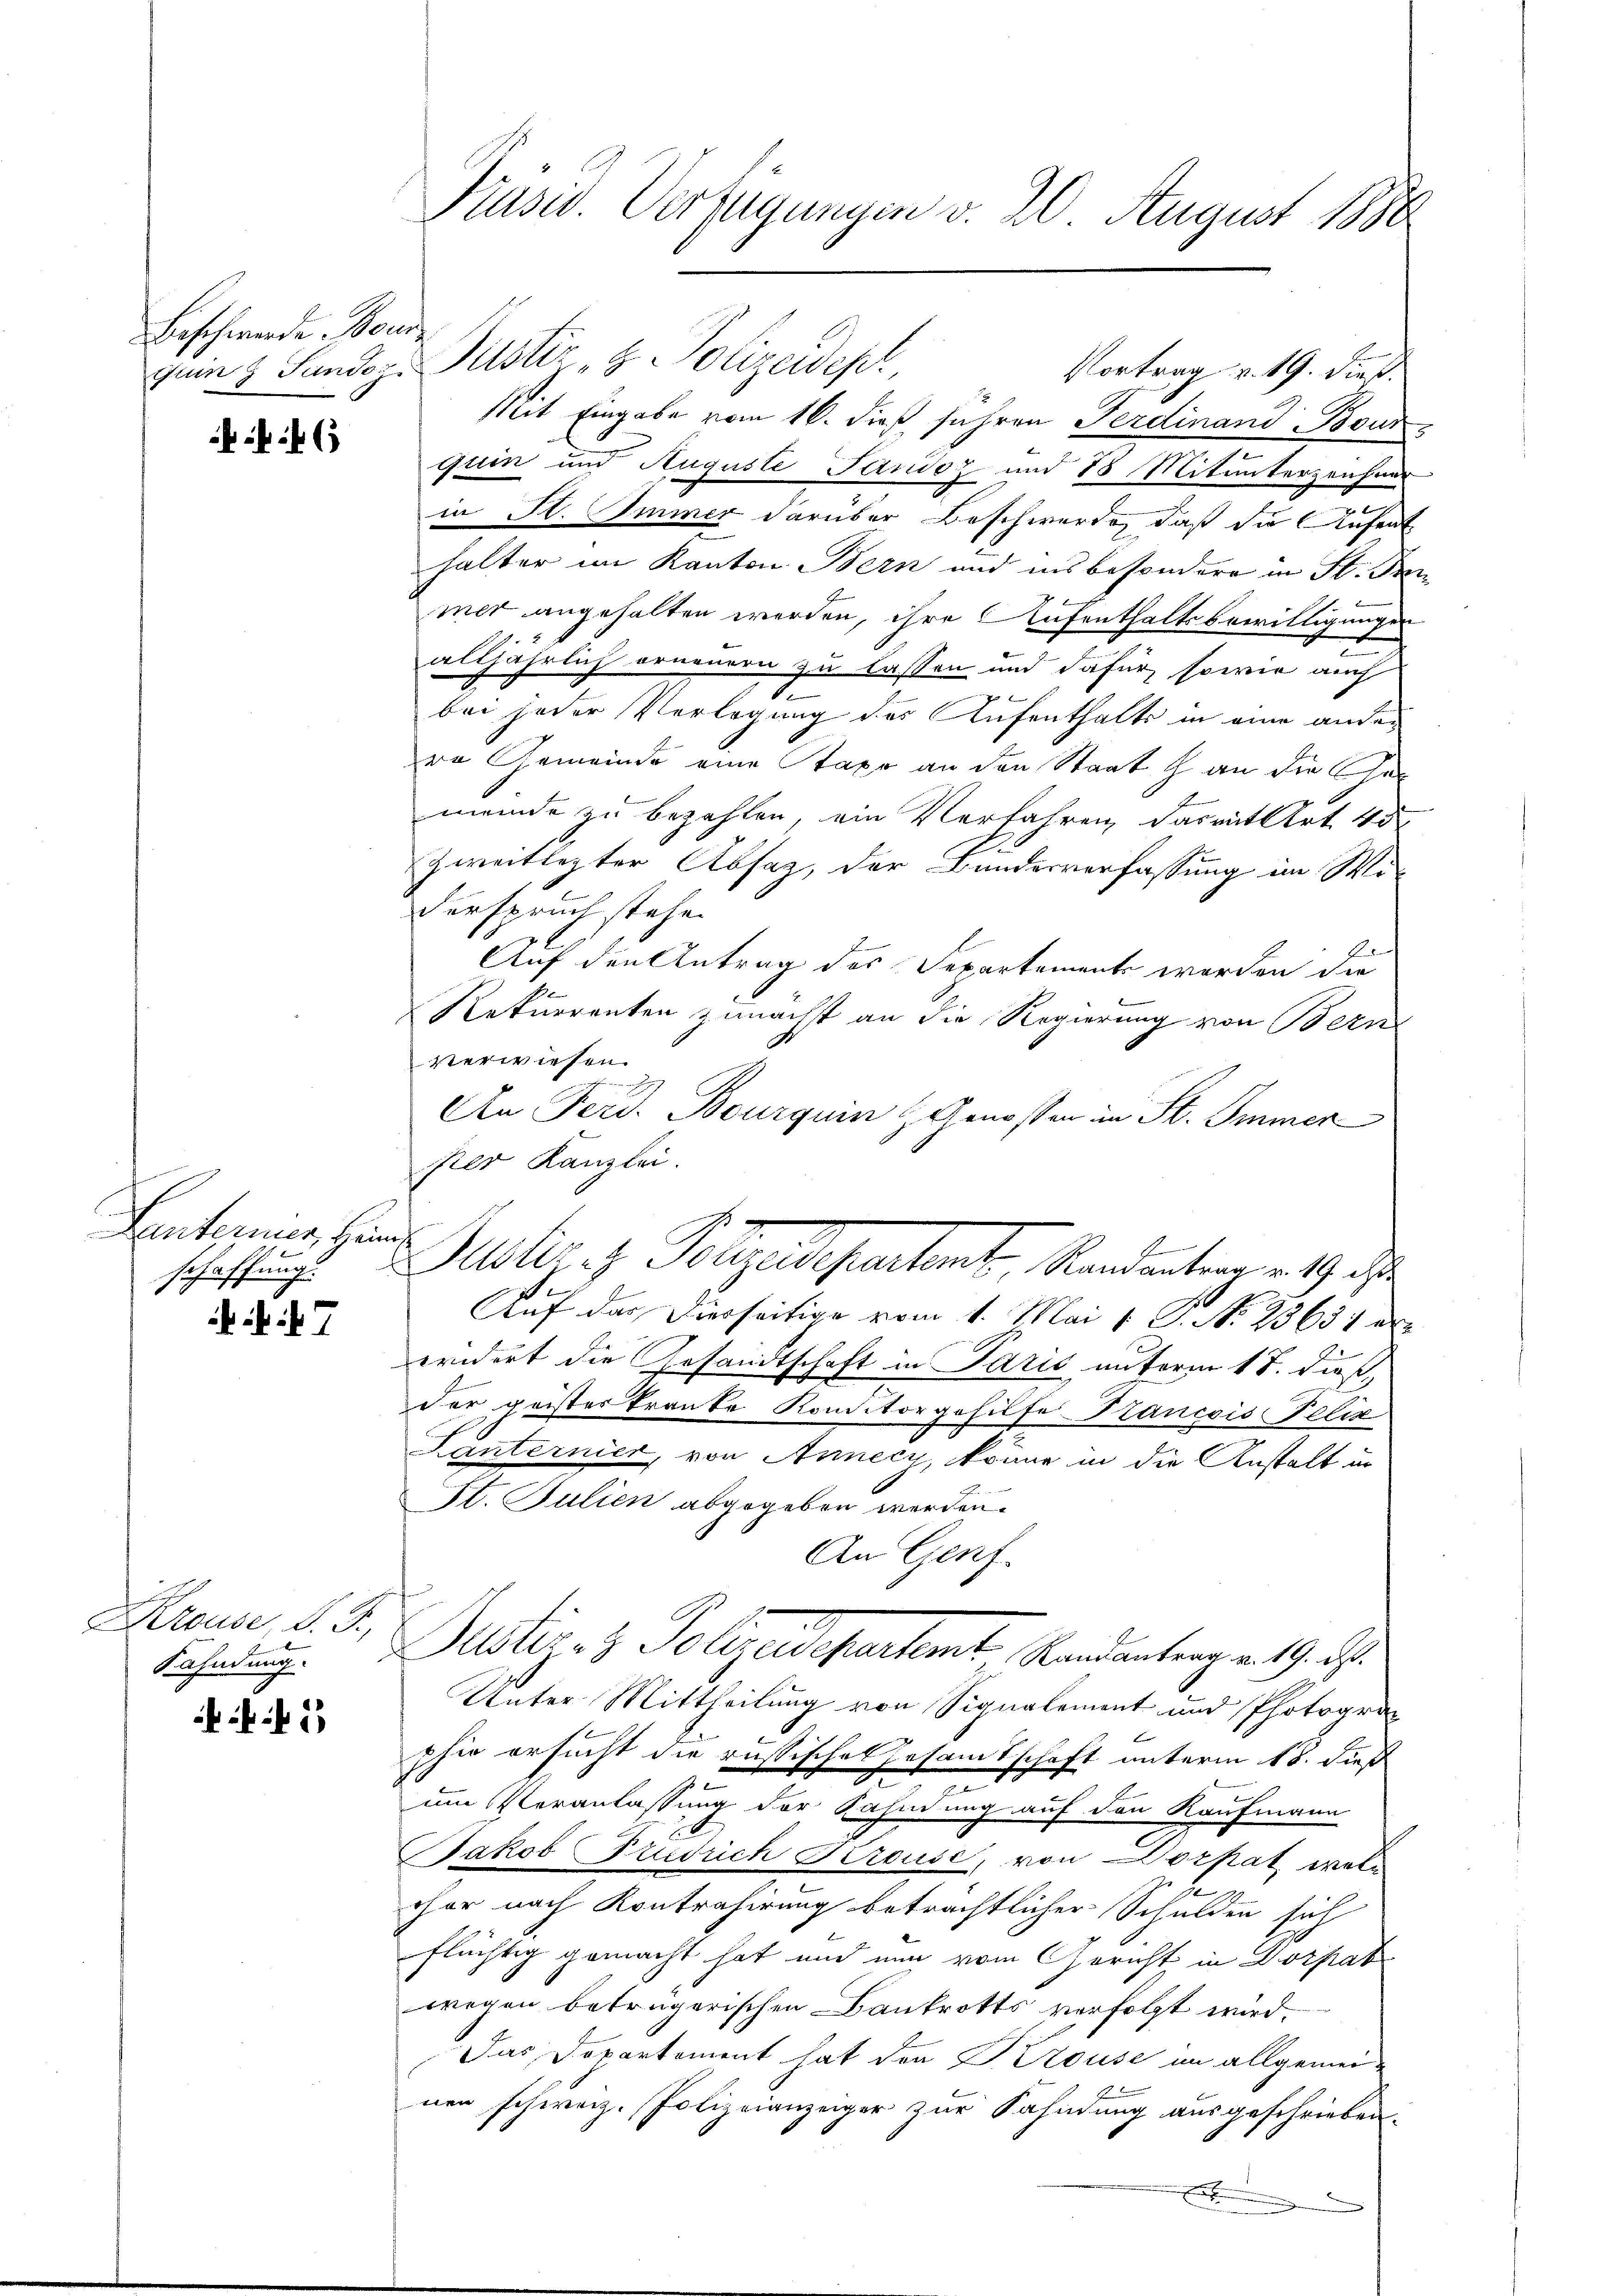
Beschwerde Bour

46

Lnterner Hein
schaffung.

7

Krouse, d. J.,
Kahndung.

2

Präsid. Verfügungen v. 20. August 1888

guin 3 Fundoz. Justiz- & Polizeidept,
Vortrag v. 19. dieß.
Mit Eingabe vom 16. dieß fuhren Ferdinand Bourquin und Auguste Jandoz und 78 Mitunterzeichner
in St. Immer darüber Beschwerde, daß die Aufent
halter im Kanton Bern und ins besondere in St. Prei
mer angehalten werden, ihre Aufenthaltsbewilligungen
alljährlich erneuern zu lassen und dafür, sowie auch
bei jeder Verlegung des Aufenthalts in eine ander
re Gemeinde eine Taxe an den Staat an die Ge
meinde zu bezahlen, ein Verfahren, das mit Art. 45
Zweitlegter Absaz, der Bundesverfassung im Wi¬
Verspruch stehen
Auf den Antrag des Separtement worden die
Rekurrenten zunächst an die Regierung von Bern
verwiesen.
An Ferd. Bourquin Genossen in St. Immer
per Kanzlei.
c
Auf das Diesseitige vom 1. Mai 1 S. N. 25631 er
eridert die Gesandtschaft in Paris unterm 17. dieß,
der geister Tranke Konditorgehilfe Trancois Felix
Lanternier, von Annecy, könne in die Anstalt in
St. Julien abgegeben werden.
An Genf
Peter H. Polizeigentent
Randantrag v. 19. d.
Unter Mittheilung von Signalement und Photograp
phie ersucht die russisches Gesamtschaft unterm 18. dieß
um Veranlassung der Kahndung auf den Kaufmann
Jakob Fridrich Krouse, von Dorpat, welc
2
cher nach Kontrahirung beträchtlicher Schulden sich
flüchtig gemacht hat und nun vom Gericht in Dorpat
wegen betrügerischen Bankrotts verfolgt wird.
Das Departement hat den H. Trouise im allgemeinen schweiz. Polizeianzeiger zur Fahndung ausgeschrieben.
.

Subles. z. Polizeissentant Randantragen 19. die